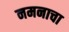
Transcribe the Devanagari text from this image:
नमनाचा